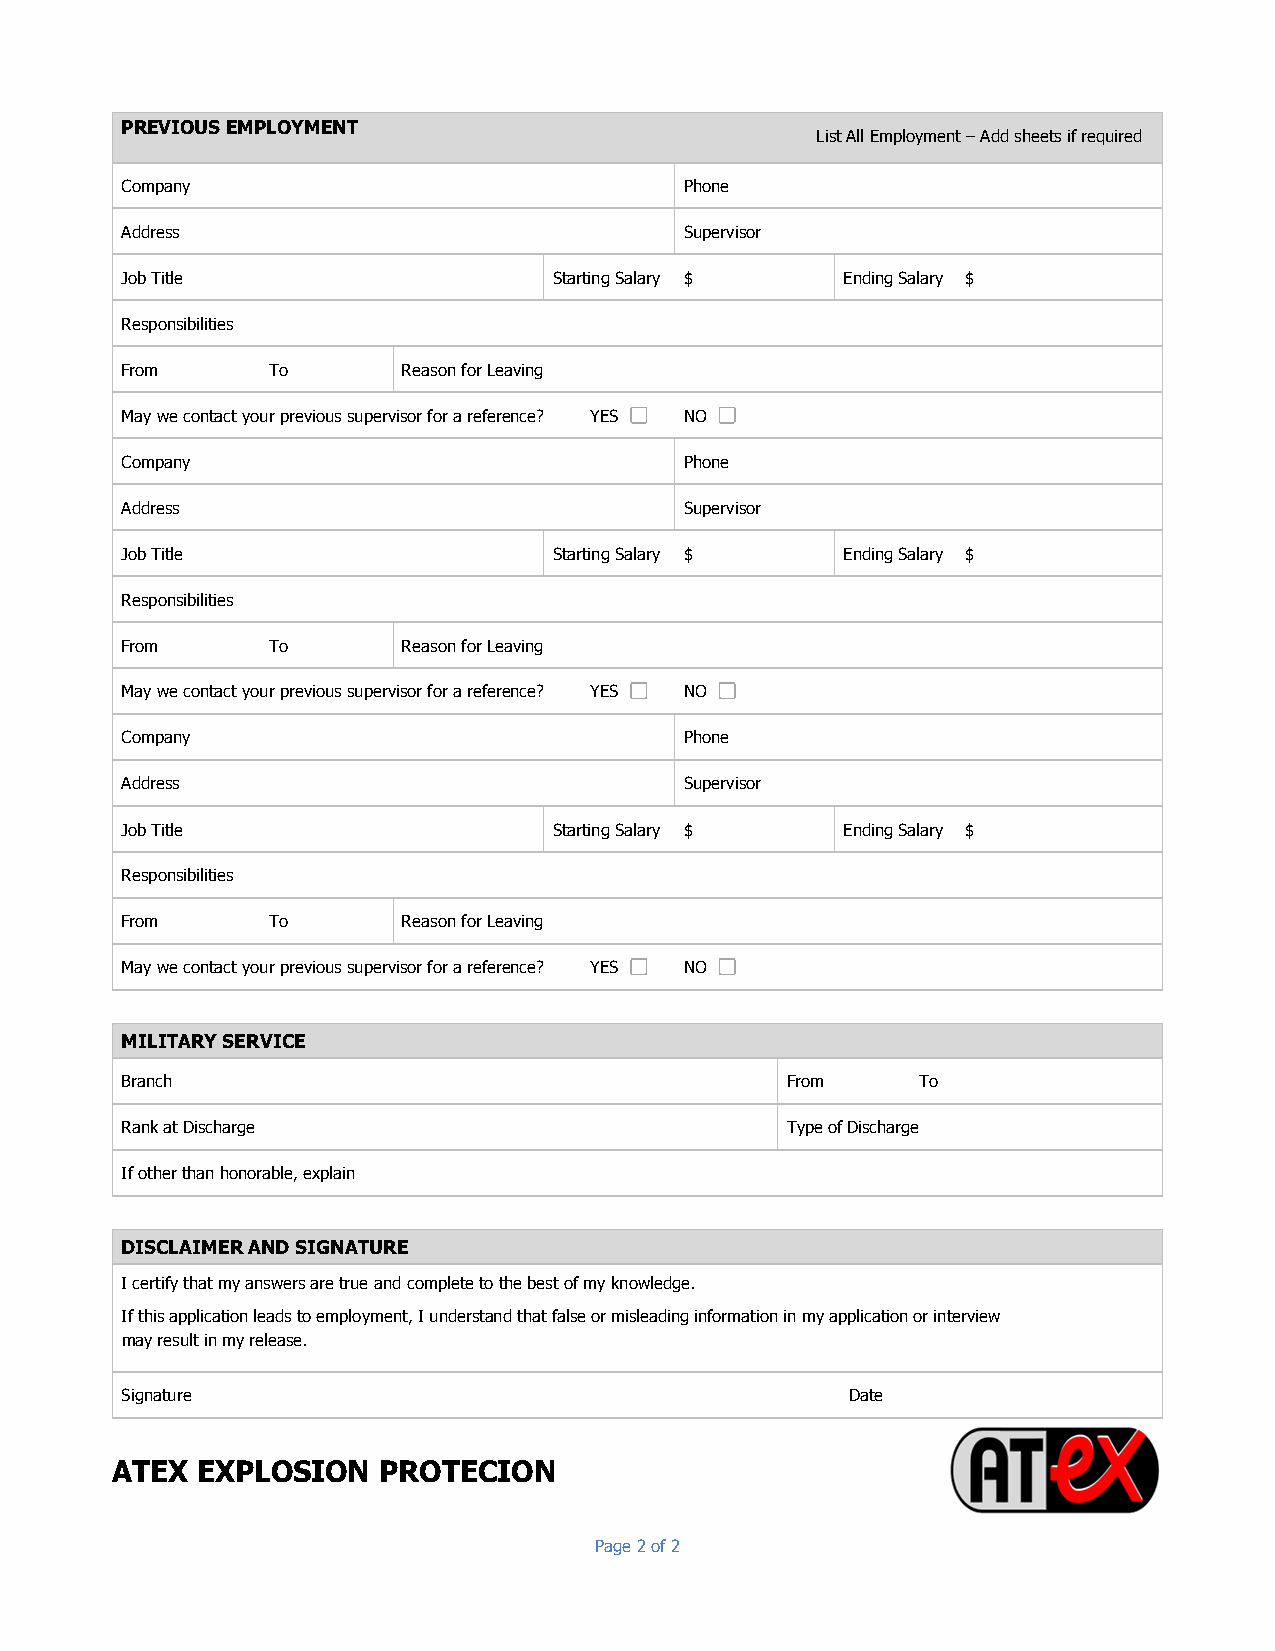
PREVIOUS EMPLOYMENT
 List All Employment – Add sheets if required
 Company                              Phone
 Address                              Supervisor
 Job Title                    Starting Salary $  Ending Salary $
 Responsibilities
 From      To       Reason for Leaving
 May we contact your previous supervisor for a reference? YES NO
 Company                              Phone
 Address                              Supervisor
 Job Title                    Starting Salary $  Ending Salary $
 Responsibilities
 From      To       Reason for Leaving
 May we contact your previous supervisor for a reference? YES NO
 Company                              Phone
 Address                              Supervisor
 Job Title                    Starting Salary $  Ending Salary $
 Responsibilities
 From      To       Reason for Leaving
 May we contact your previous supervisor for a reference? YES NO
 MILITARY SERVICE
 Branch                                      From     To
 Rank at Discharge                           Type of Discharge
 If other than honorable, explain
 DISCLAIMER AND SIGNATURE
 I certify that my answers are true and complete to the best of my knowledge.
 If this application leads to employment, I understand that false or misleading information in my application or interview
 may result in my release.
 Signature                                       Date
 ATEX  EXPLOSION   PROTECION
 Page 2 of 2